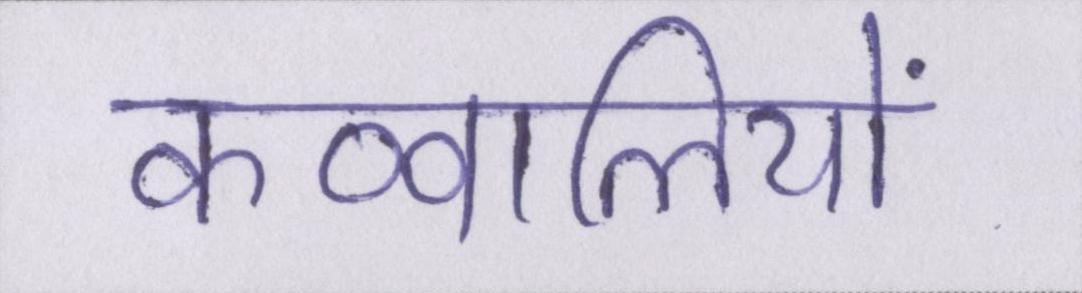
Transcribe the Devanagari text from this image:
कव्वालियों